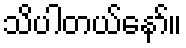
သိပါတယ်နော်။